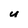
Character: u